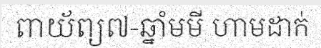
ពាយ័ព្យ៧-ឆ្នាំមមី ហាមដាក់